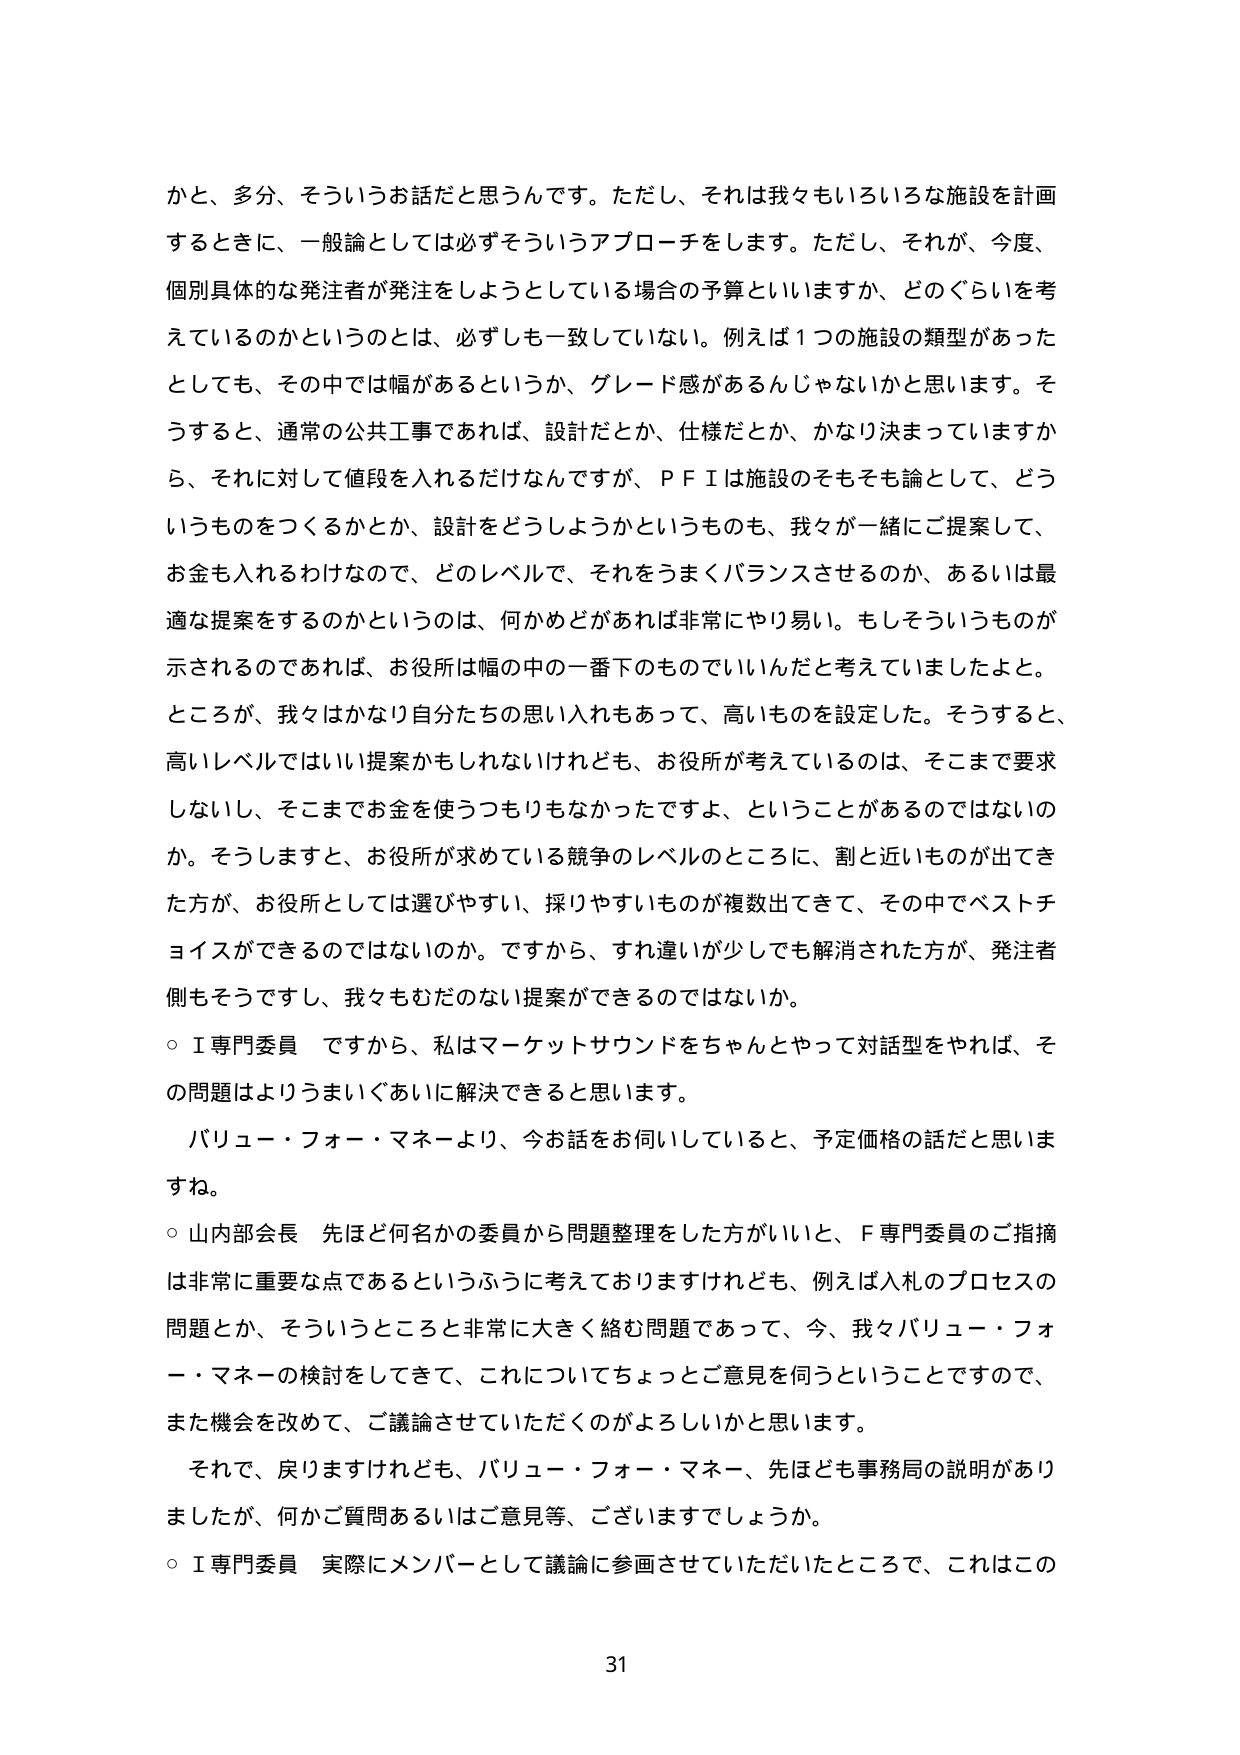
かと、多分、そういうお話だと思います。ただし、それは我々もいろいろな施設を計画するときに、一般論としては必ずそういうアプローチをします。ただし、それが、今度、個別具体的な発注者が発注をしようとしている場合の予算といいますか、どのぐらいを考えているのかというのは、必ずしも一致していない。例えば１つの施設の類型があったとしても、その中では幅があるというか、グレード感があるんじゃないかと思います。そうすると、通常の公共工事であれば、設計だとか、仕様だとか、かなり決まっていますから、それに対して値段を入れるだけなんですが、ＰＦＩは施設のそもそも論として、どういうものを作くるかとか、設計をどうしようかというのも、我々が一緒にご提案して、お金も入れるわけなので、どのレベルで、それをうまくバランスさせるのか、あるいは最適な提案をするのかというのは、何かもどがあれば非常にやり易い。もしそういうものが示されるのであれば、お役所は幅の中の一番下のものでいいんだと考えていましたよと。ところが、我々はかなり自分たちの思い入れもあって、高いものを設定した。そうすると、高いレベルではいい提案かもしれないけれども、お役所が考えているのは、そこまで要求しないし、そこまでお金を使うつもりもなかったですよ、ということがあるのではないのか。そうしますと、お役所が求めている競争のレベルのところに、割と近いものが出てきた方が、お役所としては選びやすい、採りやすいものが複数出てきて、その中でベストチョイスができるのではないのか。ですから、すれ違いが少しでも解消された方が、発注者側もそうですし、我々もむだのない提案ができるのではないか。

○Ｉ専門委員　ですから、私はマーケットサウンドをちゃんとやって対話型をやれば、その問題はよりうまくあいに解決できると思います。

バリュー・フォー・マネーより、今お話をお伺いしていると、予定価格の話だと思いますね。

○山内部会長　先ほど何名かの委員から問題整理をした方がいいと、Ｆ専門委員のご指摘は非常に重要な点であるというふうに考えておりますけれども、例えば入札のプロセスの問題とか、そういうところと非常に大きく絡む問題であって、今、我々バリュー・フォー・マネーの検討をしてきて、これについてちょっとご意見を伺うということで、また機会を改めて、ご議論させていただくのがよろしいかと思います。

それで、戻りますけれども、バリュー・フォー・マネー、先ほども事務局の説明がありましたか、何かご質問あるいはご意見等、ございますでしょうか。

○Ｉ専門委員　実際にメンバーとして議論に参画させていただいたところで、これはこの

31